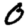
Digit: 0